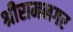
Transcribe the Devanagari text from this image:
श्रीरामनगर